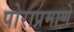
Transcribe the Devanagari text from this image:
पोराप्रमाणे